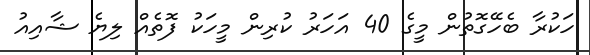
ހަކުރާ ބެހޭގޮތުން މީގެ 40 އަހަރު ކުރިން މީހަކު ފޮތެއް ލިޔެ ޝާއިއު